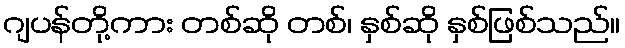
ဂျပန်တို့ကား တစ်ဆို တစ်၊ နှစ်ဆို နှစ်ဖြစ်သည်။